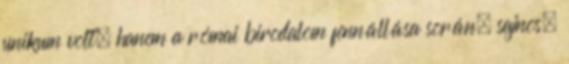
unikum volt, hanem a római birodalom fennállása során, sajnos,